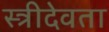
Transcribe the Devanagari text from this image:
स्त्रीदेवता